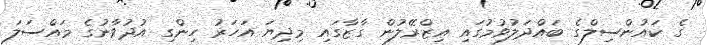
ގެ ކައުންސިލްގެ ބައްދަލުވުމުގައި އިޒްރޭލުން ގާޒާގައި މިިދިޔަ އަހަރު ހިންގި އުދުވާނުގެ މައްސަލަ